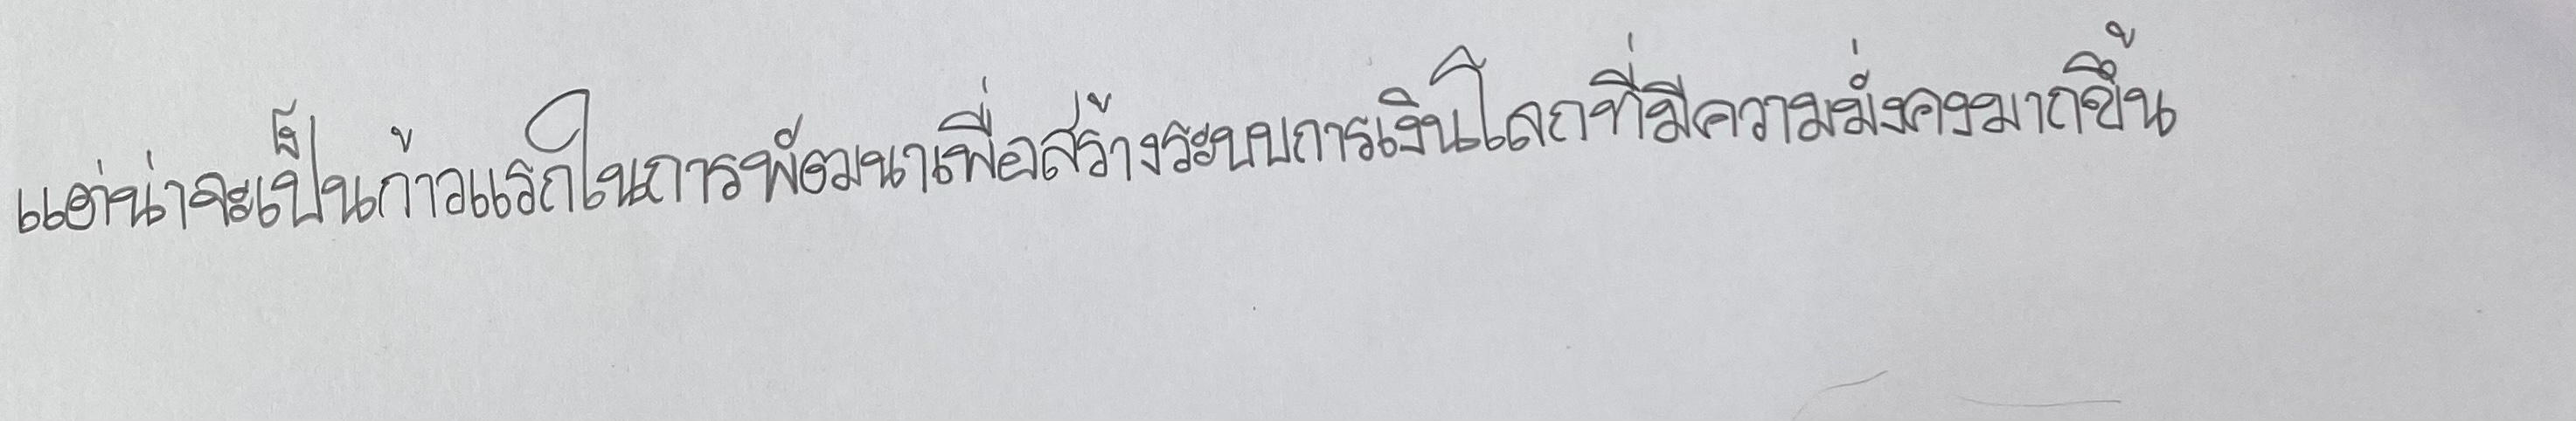
แต่น่าจะเป็นก้าวแรกในการพัฒนาเพื่อสร้างระบบการเงินโลกที่มีความมั่งคงมากขึ้น